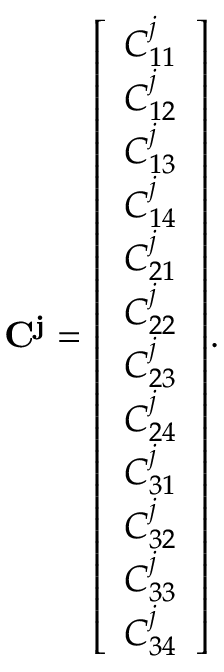
\mathbf { C ^ { j } } = { \left[ \begin{array} { l } { C _ { 1 1 } ^ { j } } \\ { C _ { 1 2 } ^ { j } } \\ { C _ { 1 3 } ^ { j } } \\ { C _ { 1 4 } ^ { j } } \\ { C _ { 2 1 } ^ { j } } \\ { C _ { 2 2 } ^ { j } } \\ { C _ { 2 3 } ^ { j } } \\ { C _ { 2 4 } ^ { j } } \\ { C _ { 3 1 } ^ { j } } \\ { C _ { 3 2 } ^ { j } } \\ { C _ { 3 3 } ^ { j } } \\ { C _ { 3 4 } ^ { j } } \end{array} \right] } .